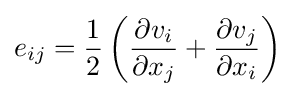
e_{ij}={\frac {1}{2}}\left({\frac {\partial v_{i}}{\partial x_{j}}}+{\frac {\partial v_{j}}{\partial x_{i}}}\right)